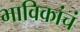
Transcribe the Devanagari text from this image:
भाविकांचं